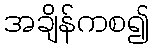
အချိန်ကစ၍